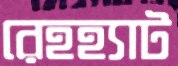
রেহহ্যাট